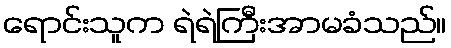
ရောင်းသူက ရဲရဲကြီးအာမခံသည်။